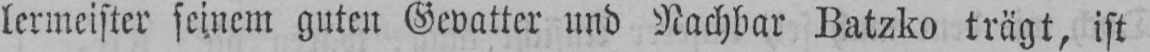
lermeister seinem guten Gevatter und Nachbar Batzko trägt, ist